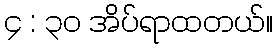
၄ : ၃၀ အိပ်ရာထတယ်။